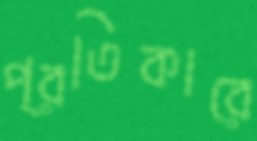
প্রতিকারে